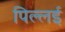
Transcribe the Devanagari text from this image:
पिल्‍लई